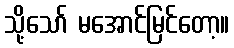
သို့သော် မအောင်မြင်တော့။